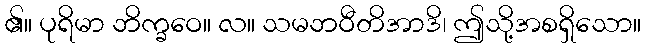
၏။ ပုရိမာ ဘိက္ခဝေ။ လ။ သမဘဝီတိအာဒိ၊ ဤသို့အစရှိသော။